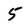
Character: 5